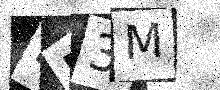
Text: LE3M